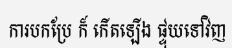
ការបកប្រែ ក៏ កើតឡើង ផ្ទុយទៅវិញ